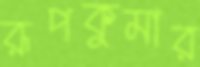
রূপকুমার